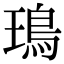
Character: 鳿